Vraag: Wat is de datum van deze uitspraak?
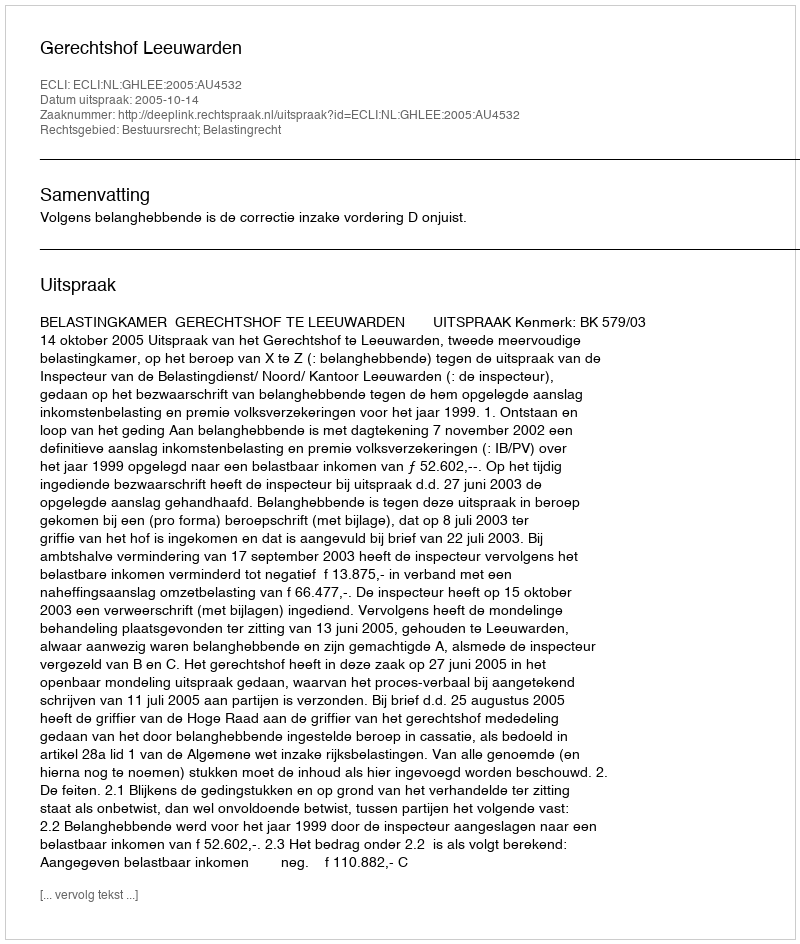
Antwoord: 2005-10-14